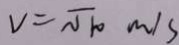
V = \sqrt { 1 0 } m / s